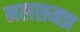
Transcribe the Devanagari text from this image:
मलसमझ